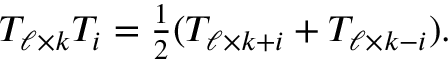
\begin{array} { r } { T _ { \ell \times k } T _ { i } = \frac { 1 } { 2 } ( T _ { \ell \times k + i } + T _ { \ell \times k - i } ) . } \end{array}